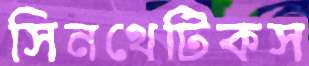
সিনথেটিকস